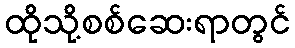
ထိုသို့စစ်ဆေးရာတွင်